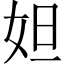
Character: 妲